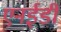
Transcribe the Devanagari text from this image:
एनईडी